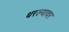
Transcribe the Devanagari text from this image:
धरल्यावर